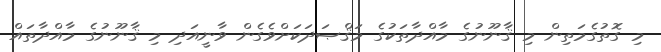
މި ގޮތުގެމަތިން މި ޤާނޫނުގެ މާއްދާތަކުގެ މަޤްޞަދަކަށްވެގެން ވާނީއަދި މި ޤާނޫނުގެ މާއްދާތައް